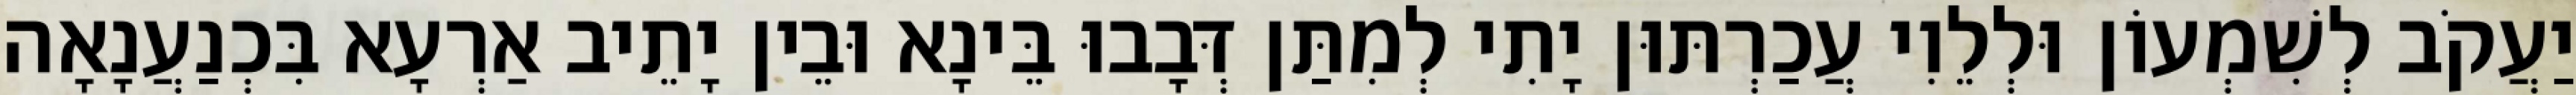
יַעֲקֹב לְשִׁמְעוֹן וּלְלֵוִי עֲכַרְתּוּן יָתִי לְמִתַּן דְּבָבוּ בֵּינָא וּבֵין יָתֵיב אַרְעָא בִּכְנַעֲנָאָה